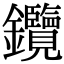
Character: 𨰲